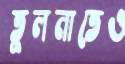
তুলনাতেও